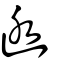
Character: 凼